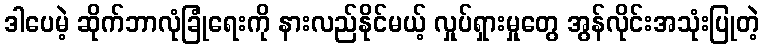
ဒါပေမဲ့ ဆိုက်ဘာလုံခြုံရေးကို နားလည်နိုင်မယ့် လှုပ်ရှားမှုတွေ အွန်လိုင်းအသုံးပြုတဲ့